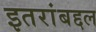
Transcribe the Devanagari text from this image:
इतरांबद्दल